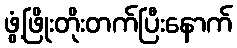
ဖွံ့ဖြိုးတိုးတက်ပြီးနောက်